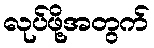
လုပ်ဖို့အတွက်